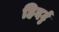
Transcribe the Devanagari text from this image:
हिदर्टु